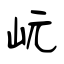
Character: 岏